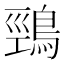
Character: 鵛